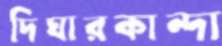
দিঘারকান্দা